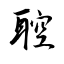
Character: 聜